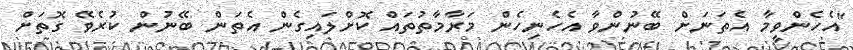
"އެހެންވީމާ އެތަނަށް ބޭނުންވާ އެހެނިހެން މަރާމާތުތައް ކޮށްލައިގެން އެތަން ބޭނުން ކުރެވޭ ގޮތަށް